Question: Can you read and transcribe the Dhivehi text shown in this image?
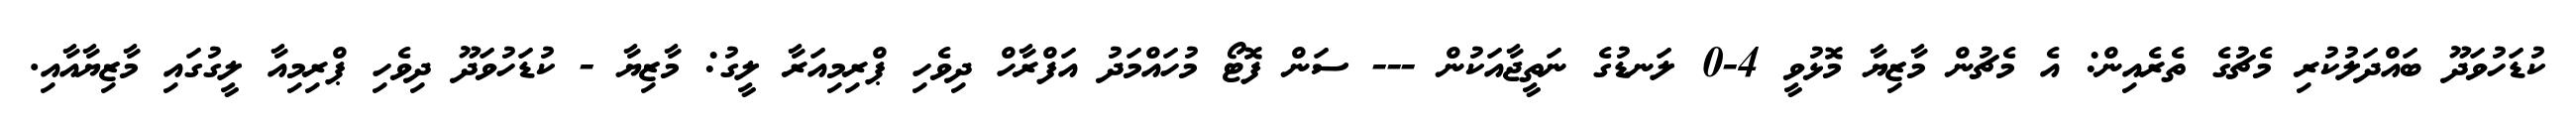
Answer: ކުޑަހުވަދޫ ބައްދަލުކުރި މެޗުގެ ތެރެއިން: އެ މެޗުން މާޒިޔާ މޮޅުވީ 4-0 ލަނޑުގެ ނަތީޖާއަކުން --- ސަން ފޮޓޯ މުހައްމަދު އަފްރާހް ދިވެހި ޕްރިމިއަރާ ލީގު: މާޒިޔާ - ކުޑަހުވަދޫ ދިވެހި ޕްރިމިއާ ލީގުގައި މާޒިޔާއާއި.